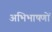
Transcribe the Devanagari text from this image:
अभिभाषणों